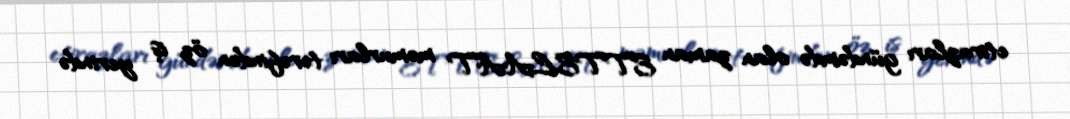
etirazları gündəmdə olan zaman ETTELAAT məmurları tərəfindən öz iş yerində